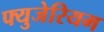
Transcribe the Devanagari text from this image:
फ्युजेरियम